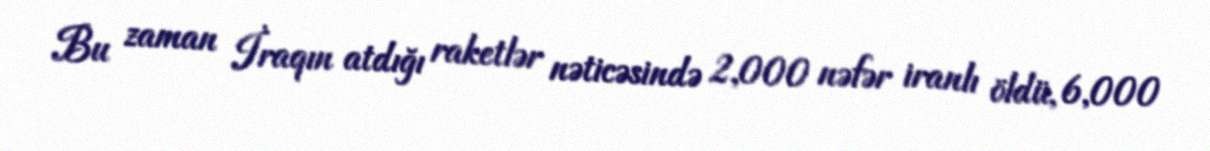
Bu zaman İraqın atdığı raketlər nəticəsində 2,000 nəfər iranlı öldü, 6,000